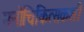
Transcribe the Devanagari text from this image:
मनोचिकित्सकशी